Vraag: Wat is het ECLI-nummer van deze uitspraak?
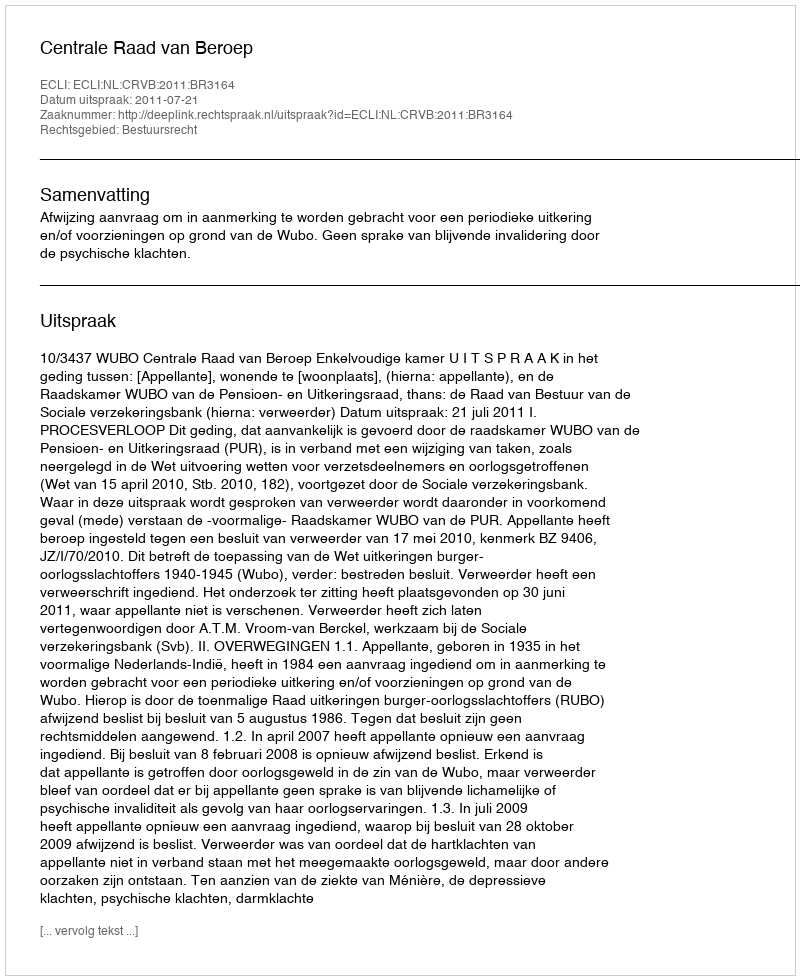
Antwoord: ECLI:NL:CRVB:2011:BR3164